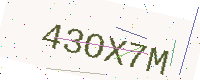
Text: 43OX7M